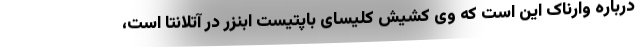
درباره وارناک این است که وی کشیش کلیسای باپتیست ابنزر در آتلانتا است،